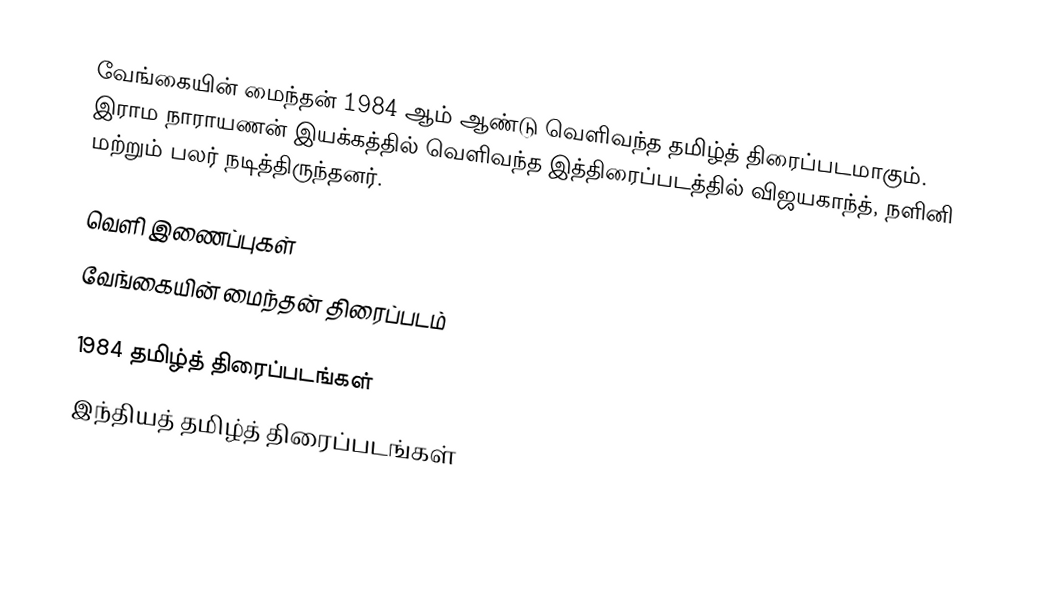
வேங்கையின் மைந்தன் 1984 ஆம் ஆண்டு வெளிவந்த தமிழ்த் திரைப்படமாகும். இராம நாராயணன் இயக்கத்தில் வெளிவந்த இத்திரைப்படத்தில் விஜயகாந்த், நளினி மற்றும் பலர் நடித்திருந்தனர்.

வெளி இணைப்புகள்
 வேங்கையின் மைந்தன் திரைப்படம்

1984 தமிழ்த் திரைப்படங்கள்
இந்தியத் தமிழ்த் திரைப்படங்கள்